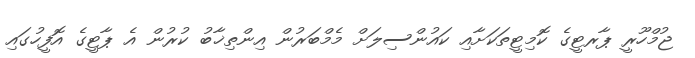
ޖުމްހޫރީ ޕާރޓީގެ ކޮމިޓީތަކަށާއި ކައުންސިލަށް މެމްބަރުން އިންތިޚާބު ކުރުން އެ ޕާޓީގެ އޮފީހުގައި